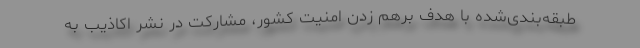
طبقه‌بندی‌شده با هدف برهم زدن امنیت کشور، مشارکت در نشر اکاذیب به